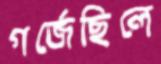
গর্জেছিলে